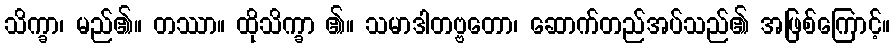
သိက္ခာ၊ မည်၏။ တဿာ။ ထိုသိက္ခာ ၏။ သမာဒါတဗ္ဗတော၊ ဆောက်တည်အပ်သည်၏ အဖြစ်ကြောင့်။